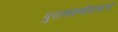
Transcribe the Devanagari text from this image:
पुराणकथेप्रामाणे